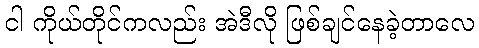
ငါ ကိုယ်တိုင်ကလည်း အဲဒီလို ဖြစ်ချင်နေခဲ့တာလေ